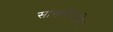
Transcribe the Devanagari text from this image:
सांख्कीयविद्